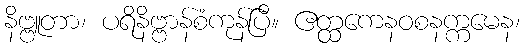
နိဗ္ဗူတာ၊ ပရိနိဗ္ဗာန်စံကုန်ပြီ။ ဧတ္ထကေနဝစနက္ကမေန၊